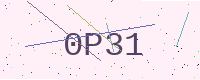
Text: 0P31